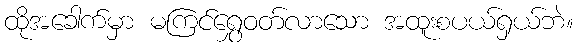
ထိုအခေါက်မှာ မကြင်ရွှေဝတ်လာသော အထူးစပယ်ရှယ်ဘဲ။